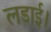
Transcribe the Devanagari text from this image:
लडाई।